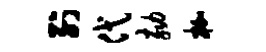
列代劾枷